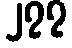
၂၇၇